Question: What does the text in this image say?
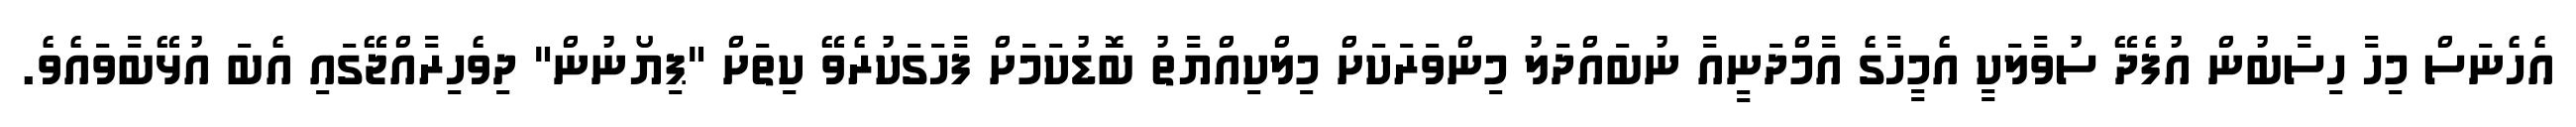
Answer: އެހެނަސް މިހާ ހިސާބުން އުފެދޭ ސުވާލަކީ އެމީހާގެ އާމްދަނީއާ ނުބައްދަލު މިންވަރަކަށް މިލްކިއްޔާތު ބޮޑުކަމަށް ފާހަގަކުރެވޭ ކިތަށް "ޕިޔޯނުން" ދިވެހިރާއްޖޭގައި އެބަ އުޅޭބާވައެވެ.